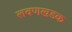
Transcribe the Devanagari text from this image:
लवणखडक